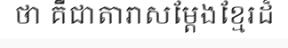
ថា គឺជាតារាសម្តែងខ្មែរដ៏